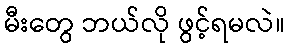
မီးတွေ ဘယ်လို ဖွင့်ရမလဲ။